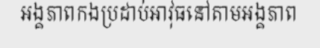
អង្គភាពកងប្រដាប់អាវុធនៅតាមអង្គភាព